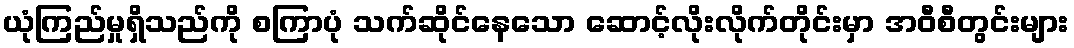
ယုံကြည်မှုရှိသည်ကို စကြာပုံ သက်ဆိုင်နေသော ဆောင့်လိုးလိုက်တိုင်းမှာ အဝီစီတွင်းများ